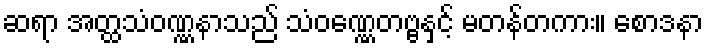
ဆရာ အတ္ထသံဝဏ္ဏနာသည် သံဝဏ္ဏေတဗ္ဗနှင့် မတန်တကား။ စောဒနာ